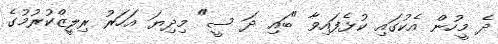
ދެ މީހުން އެކުގައި ކުޅެފައިވާ "ބައި ދަ ސީ" މިދިޔަ އަހަރު ރިލީޒްކުރުމުގެ